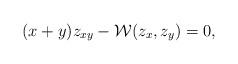
LaTeX: \begin{align*}(x+y)z_{xy} - \mathcal{W}(z_x,z_y) = 0,\end{align*}